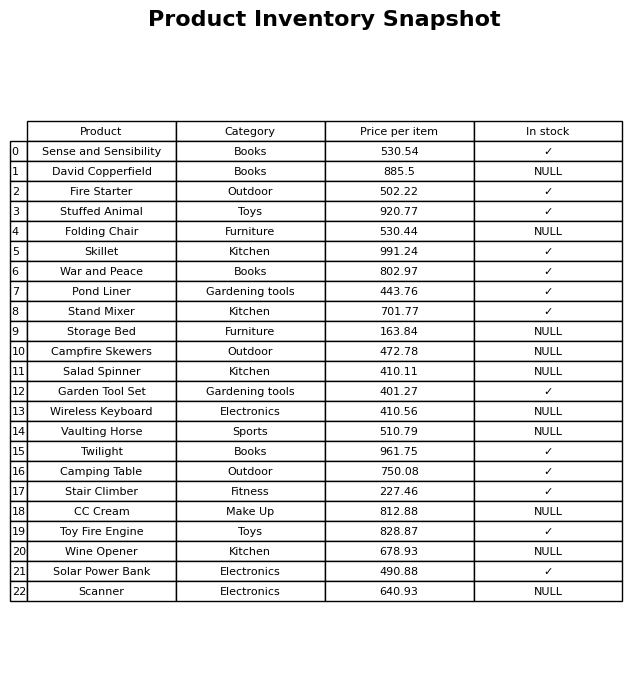
question: What is the price for CC Cream?
answer: The price of CC Cream is 812.88.